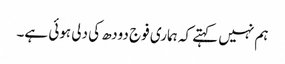
ہم نہیں کہتے کہ ہماری فوج دودھ کی دلی ہوئی ہے۔